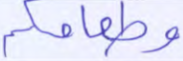
وطعامكم